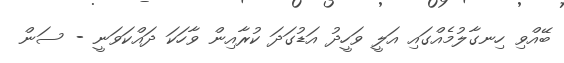
ބޭއްވި ހިނގާލުމެއްގައި އަލީ ވަހީދު އަޑުގަދަ ކުރާއިން ވާހަކަ ދައްކަވަނީ - ސަން